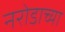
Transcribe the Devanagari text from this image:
नरोडाच्या